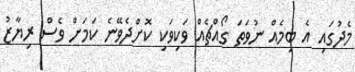
މެދުގައި އެ ބިމެއް ނުވަތަ ގޯއްޗެއް ވަކިވަކި ކޮށްދެވޭނެ ކަމަށް ވެސް ރިޔާޒު